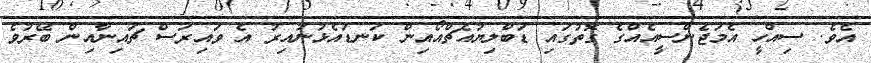
އެވެ. ސިއްހީ އެމަޖެންސީއެއްގެ ގޮތުގައި ޑަބްލިޔުއެޗްއޯއިން ކަނޑައެޅުނުއިރު އެ ވައިރަސް ޗައިނާއިން ބޭރުވެ